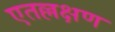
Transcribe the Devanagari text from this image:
एतल्लक्षण